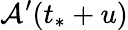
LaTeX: \mathcal{A}^{\prime}(t_{*}+u)